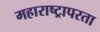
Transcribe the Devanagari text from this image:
महाराष्ट्रापरता